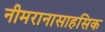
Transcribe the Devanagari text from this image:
नीमरानासाहसिक